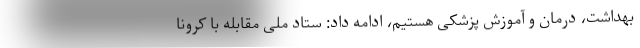
بهداشت، درمان و آموزش پزشکی هستیم، ادامه داد: ستاد ملی مقابله با کرونا